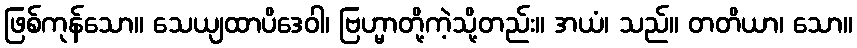
ဖြစ်ကုန်သော။ သေယျထာပိဒေဝါ၊ ဗြဟ္မာတို့ကဲ့သို့တည်း။ အယံ၊ သည်။ တတိယာ၊ သော။